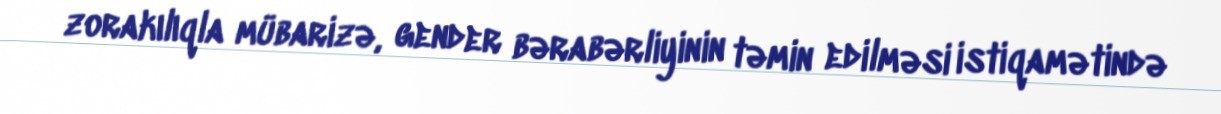
zorakılıqla mübarizə, gender bərabərliyinin təmin edilməsi istiqamətində